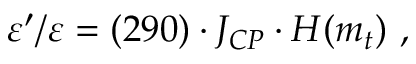
{ \varepsilon ^ { \prime } / \varepsilon } = ( 2 9 0 ) \cdot J _ { C P } \cdot H ( m _ { t } ) \ ,